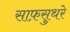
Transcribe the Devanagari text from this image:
साफ़सुथरे